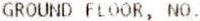
GROUND FLOOR, NO.